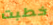
خطبت